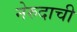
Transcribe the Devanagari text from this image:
नेरुदाची